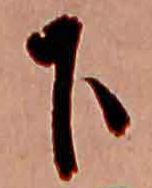
下